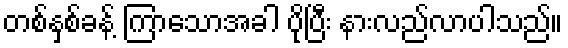
တစ်နှစ်ခန့် ကြာသောအခါ ပိုပြီး နားလည်လာပါသည်။